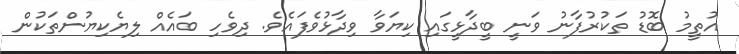
އުތީމު ބޮޑު ތަކުރުފާނު ވަނީ ބީދާޅީގައި ކިޔަވާ ވިދާޅުވެފައެވެ. ދިވެހި ބައެއް ލިޔެކިޔުންތަކުން